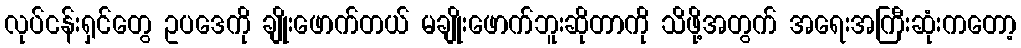
လုပ်ငန်းရှင်တွေ ဥပဒေကို ချိုးဖောက်တယ် မချိုးဖောက်ဘူးဆိုတာကို သိဖို့အတွက် အရေးအကြီးဆုံးကတော့